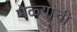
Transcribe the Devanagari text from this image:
मेळ्यांची